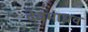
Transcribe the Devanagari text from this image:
देवमाधव